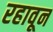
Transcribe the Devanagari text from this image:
रहावून